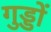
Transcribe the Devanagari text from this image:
गुड्डों